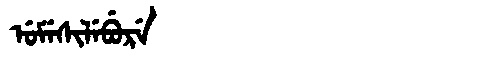
Manchu: ᡠᠮᡝᠰᡳᠯᡝᠪᡠᡵᡝ
Romanization: UMESILEBURE